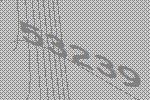
53239